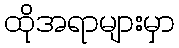
ထိုအရာများမှာ